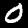
Digit: 0